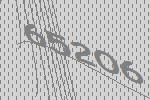
65206